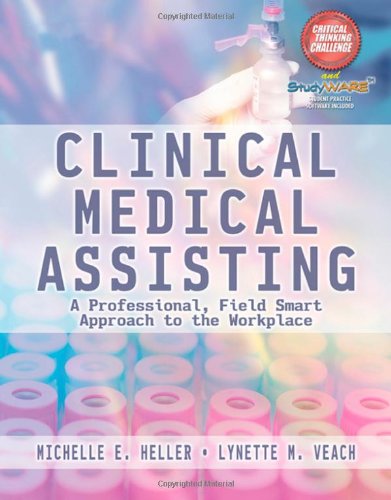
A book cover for Clinical Medical Assisting: A Professional, Field Smart Approach to the Workplace; Michelle Heller; Medical Books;